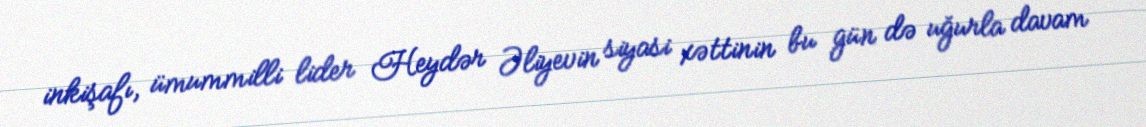
inkişafı, ümummilli lider Heydər Əliyevin siyasi xəttinin bu gün də uğurla davam